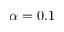
\alpha = 0 . 1